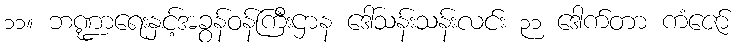
၁၁။ ဘဏ္ဍာရေးနှင့်အခွန်ဝန်ကြီးဌာန ဒေါ်သန်းသန်းလင်း ၃၁ ဒေါက်တာ ကံဇော်